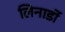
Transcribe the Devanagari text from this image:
लिनार्डो